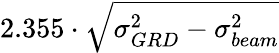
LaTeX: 2.355\cdot\sqrt{\sigma_{GRD}^{2}-\sigma_{beam}^{2}}